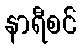
နာရီစင်